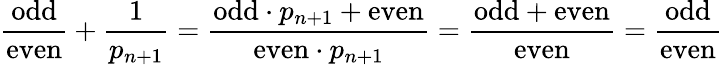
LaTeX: {\frac{\mathrm{odd}}{\mathrm{even}}}+{\frac{1}{p_{n+1}}}={\frac{{\mathrm{odd}}\cdot p_{n+1}+{\mathrm{even}}}{{\mathrm{even}}\cdot p_{n+1}}}={\frac{{\mathrm{odd}}+{\mathrm{even}}}{\mathrm{even}}}={\frac{\mathrm{odd}}{\mathrm{even}}}